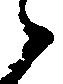
候